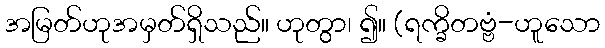
အမြတ်ဟုအမှတ်ရှိသည်။ ဟုတွာ၊ ၍။ (ရက္ခိတဗ္ဗံ-ဟူသော